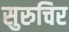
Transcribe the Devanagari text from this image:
सुरुचिर